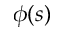
\phi ( s )